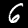
Digit: 6